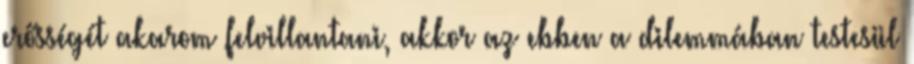
erősségét akarom felvillantani, akkor az ebben a dilemmában testesül